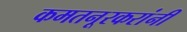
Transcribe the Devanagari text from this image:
कमतनूरकरांनी